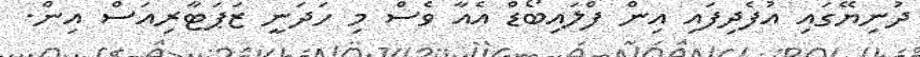
ދުނިޔޭގައި އުފެދިފައި އިން ފްލައިބޯޑް އެއާ ވެސް މި ހަދަނީ ޒަޕަޓާރިއަސް އިން.